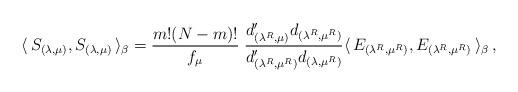
LaTeX: \begin{align*}\langle \,S_{(\lambda,\mu)},S_{(\lambda,\mu)} \,\rangle_{\beta} =\frac{m!(N-m)!}{f_{\mu}}\;\frac{d'_{(\lambda^R, \mu)}d_{(\lambda^R, \mu^R)}}{d'_{(\lambda^R,\mu^R)}d_{(\lambda,\mu^R)}}\langle\, E_{(\lambda^R,\mu^R)},E_{(\lambda^R, \mu^R)}\, \rangle_{\beta} \, ,\end{align*}